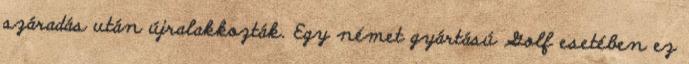
száradás után újralakkozták. Egy német gyártású Golf esetében ez